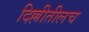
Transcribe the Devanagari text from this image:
दिल्लीतीलच